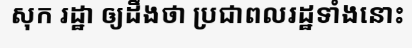
សុក រដ្ឋា ឲ្យដឹងថា ប្រជាពលរដ្ឋទាំងនោះ